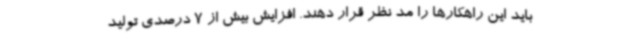
باید این راهکارها را مد نظر قرار دهند. افزایش بیش از 7 درصدی تولید